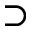
\supset